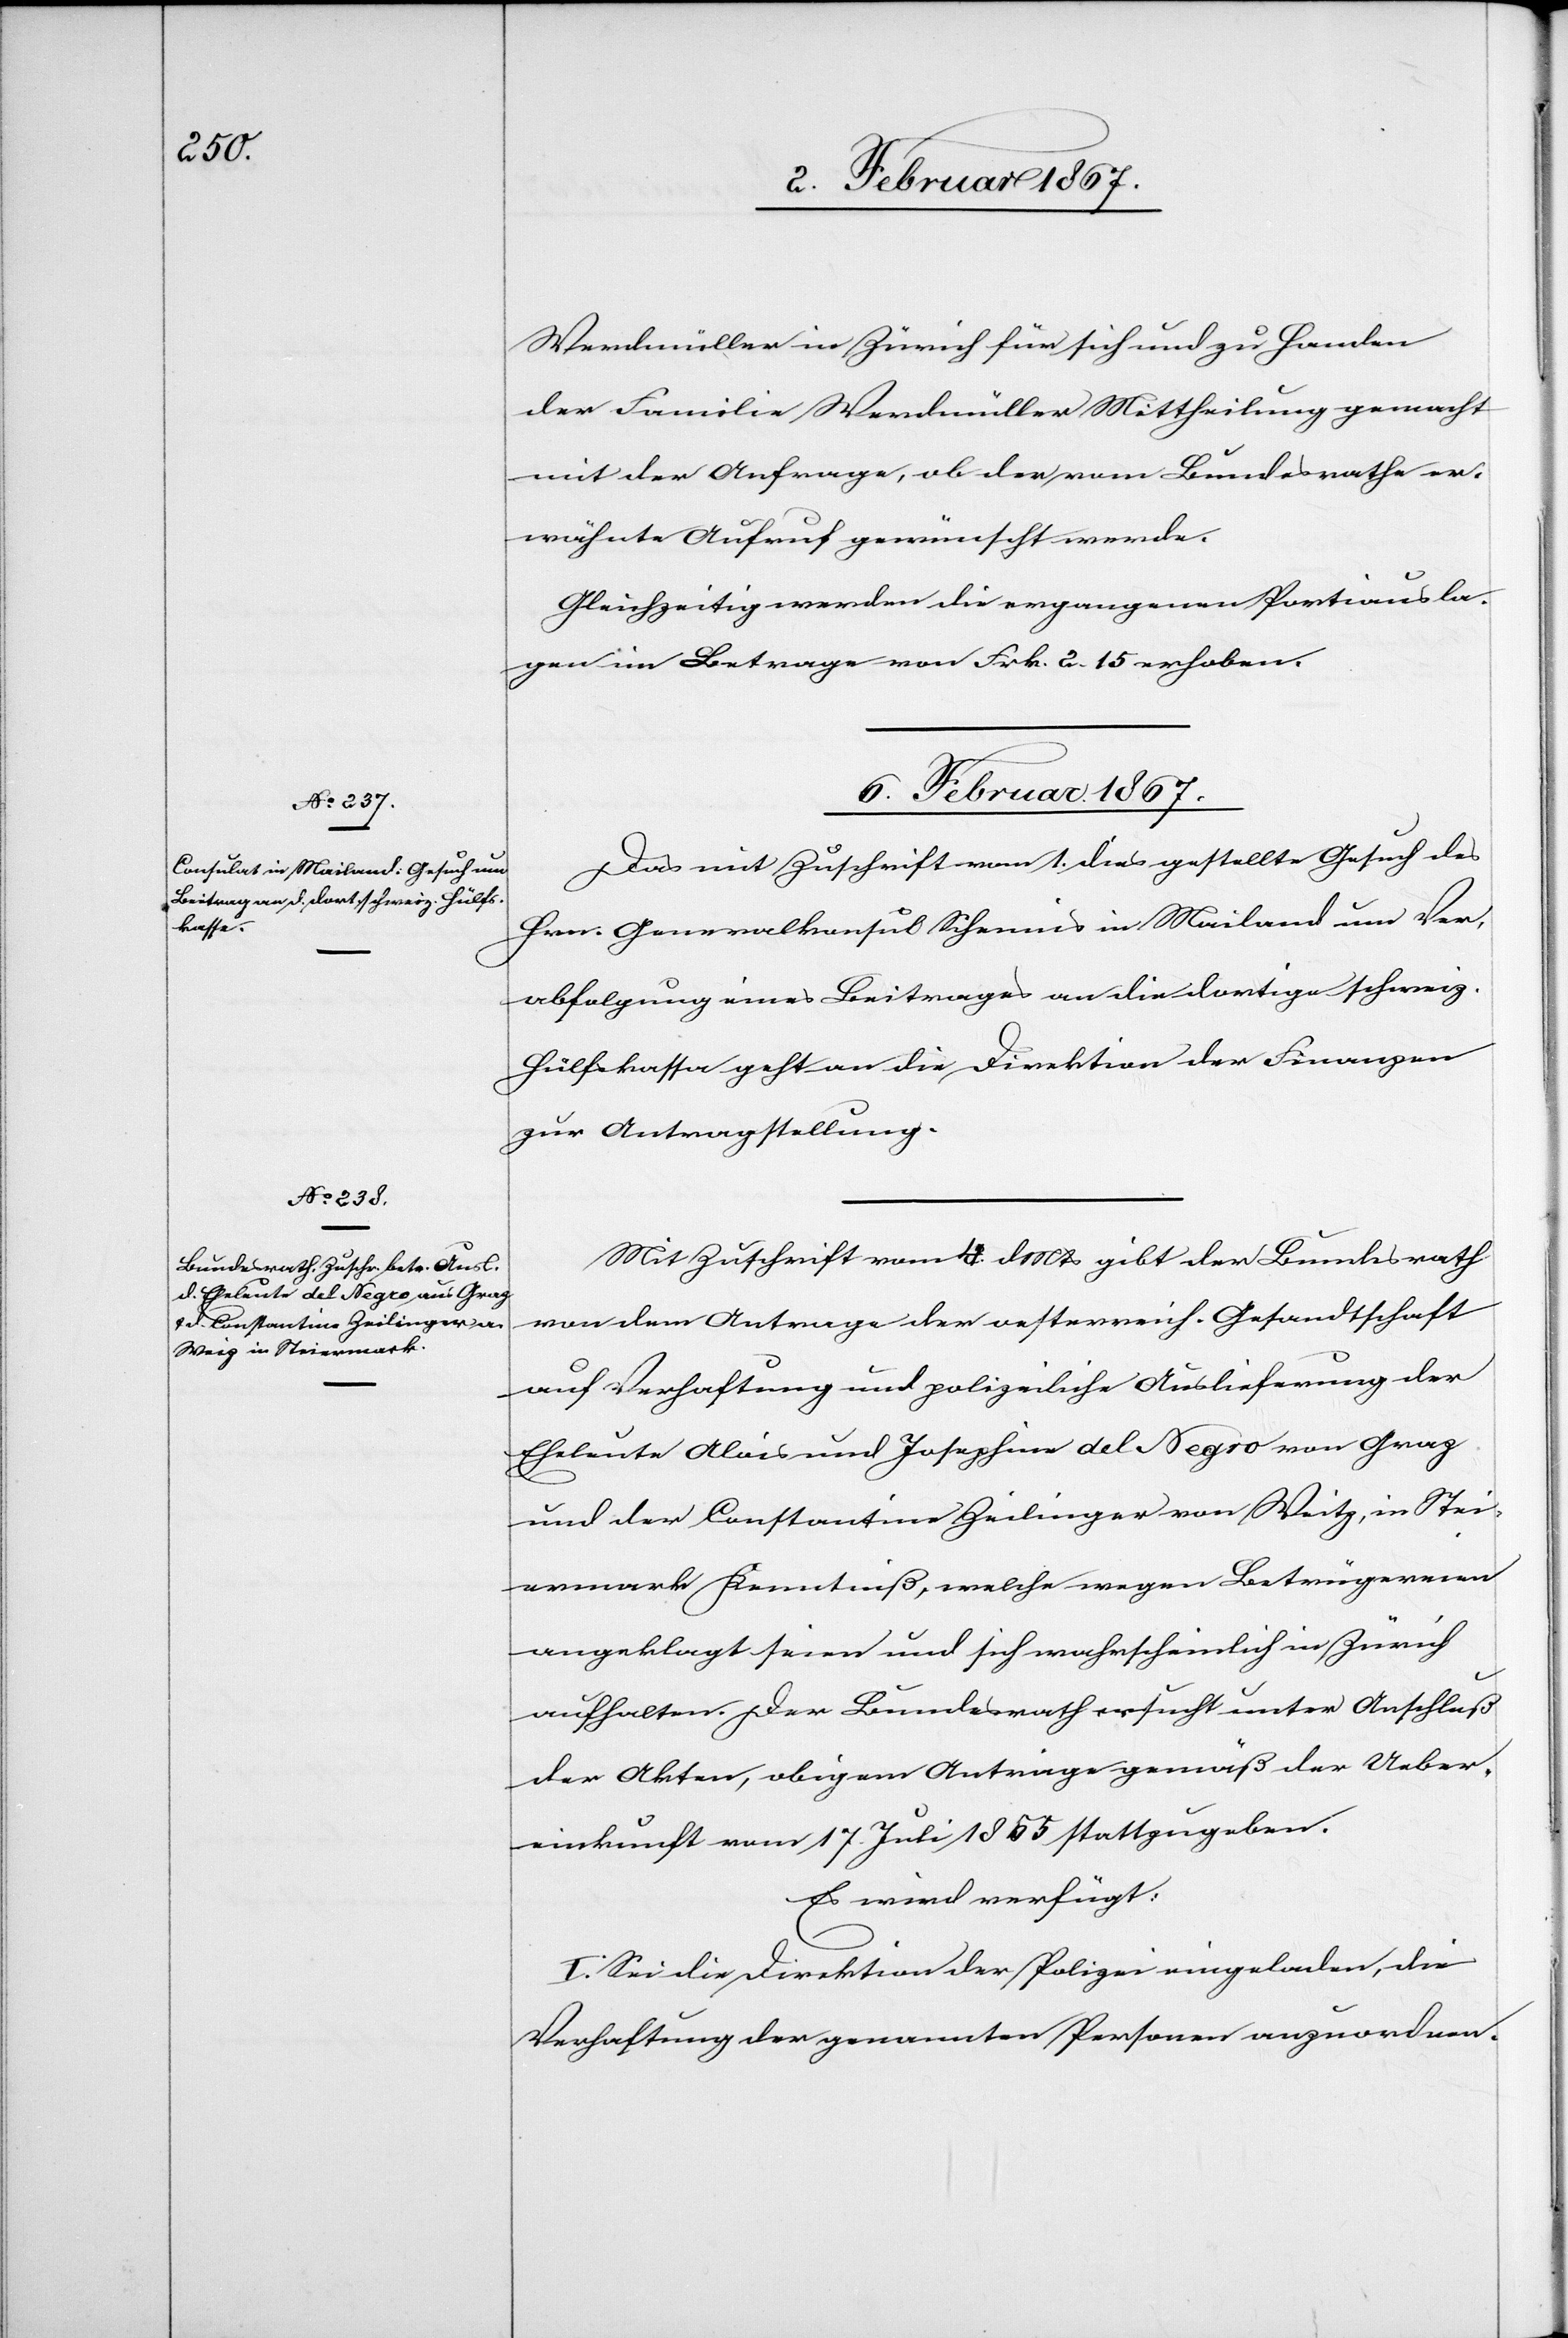
Werdmüller in Zürich für sich und zu Handen
der Familie Werdmüller Mittheilung gemacht
mit der Anfrage, ob der vom Bundesrathe er¬
wähnte Aufruf gewünscht werde.
Gleichzeitig werden die ergangenen Portiausla¬
gen im Betrage von Frk. 2.15 erhoben.
6. Februar 1867.]
Das mit Zuschrift vom 1. dies gestellte Gesuch des
Hrn. Generalkonsul Schennis in Mailand um Ver¬
abfolgung eines Beitrages an die dortige schweiz.
Hülfskasse geht an die Direktion der Finanzen
zur Antragstellung.
Mit Zuschrift vom 4. d. Mts gibt der Bundesrath
von dem Antrage der oesterreich. Gesandtschaft
auf Verhaftung und polizeiliche Auslieferung der
Eheleute Alois und Josephine del Negro von Graz
und der Constantine Zeilinger von Weitz, in Stei¬
ermark Kenntniß, welche wegen Betrügereien
angeklagt seien und sich wahrscheinlich in Zürich
aufhalten. Der Bundesrath ersucht unter Anschluß
der Akten, obigem Antrage gemäß der Ueber¬
einkunft vom 17. Juli 1855 stattzugeben.
Es wird verfügt:
I. Sei die Direktion der Polizei eingeladen, die
Verhaftung der genannten Personen anzuordnen.